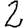
Digit: 2